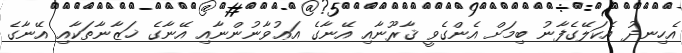
އެހިނދު އެކަލޭގެފާނު ބިމަށް އެންގެވީ ޤާރޫނާއި އޭނާގެ އަޢުވާނުންނާއި އޭނާގެ ޚަޒާނާތަކާއި އޭނާގެ